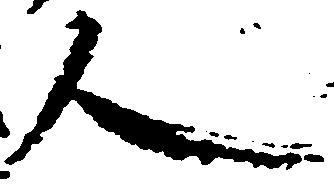
人